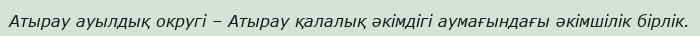
Атырау ауылдық округі – Атырау қалалық әкімдігі аумағындағы әкімшілік бірлік.